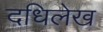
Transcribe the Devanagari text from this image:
दधिलेख